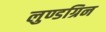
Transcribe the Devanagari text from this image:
लुण्डग्रिन